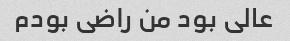
عالی بود من راضی بودم